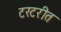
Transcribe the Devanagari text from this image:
टरटरीत